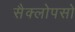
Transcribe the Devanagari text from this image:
सैक्लोपसो